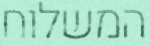
המשלוח